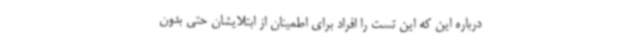
درباره این که این تست را افراد برای اطمینان از ابتلایشان حتی بدون